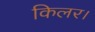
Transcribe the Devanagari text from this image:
किलर।